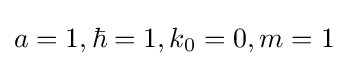
a=1,\hbar =1,k_{0}=0,m=1